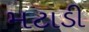
મટાડી